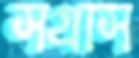
সগ্রাস